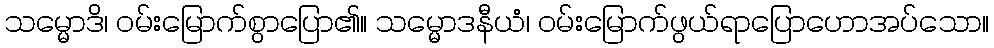
သမ္မောဒိ၊ ဝမ်းမြောက်စွာပြော၏။ သမ္မောဒနီယံ၊ ဝမ်းမြောက်ဖွယ်ရာပြောဟောအပ်သော။